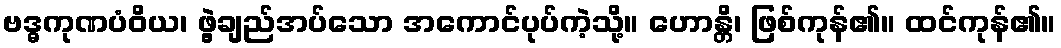
ဗဒ္ဓကုဏပံဝိယ၊ ဖွဲ့ချည်အပ်သော အကောင်ပုပ်ကဲ့သို့။ ဟောန္တိ၊ ဖြစ်ကုန်၏။ ထင်ကုန်၏။